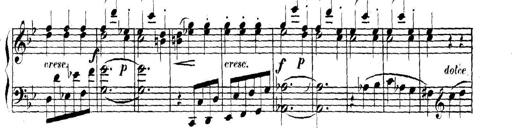
Title: Collected Piano Sonatas
Composer: Muzio Clementi